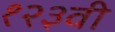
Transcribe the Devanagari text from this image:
१२३वी